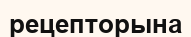
рецепторына